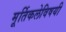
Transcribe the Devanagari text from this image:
मूर्तिकलेविषयी